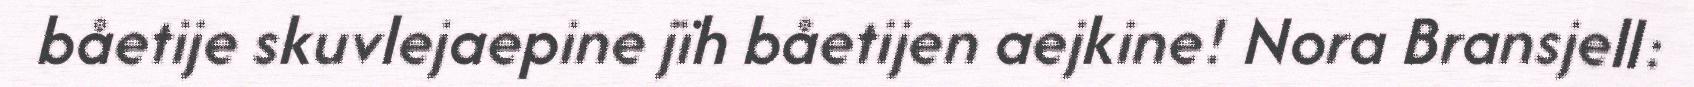
båetije skuvlejaepine jïh båetijen aejkine! Nora Bransjell: